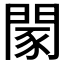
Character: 𨴯